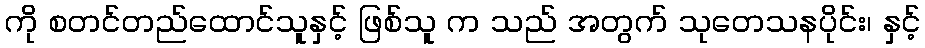
ကို စတင်တည်ထောင်သူနှင့် ဖြစ်သူ က သည် အတွက် သုတေသနပိုင်း၊ နှင့်